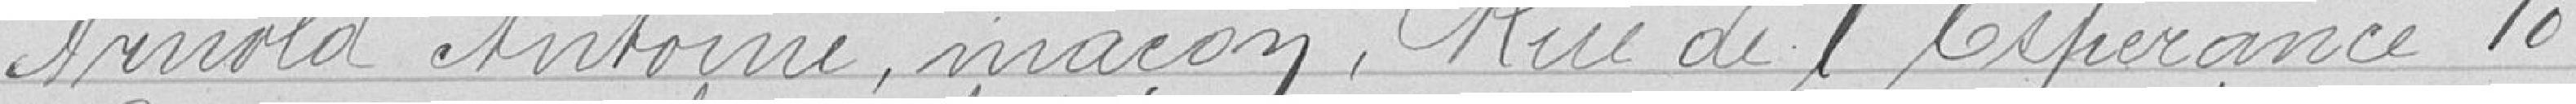
Arnold Antoine, maçon, Rue de l'Espérance 10